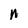
Character: N